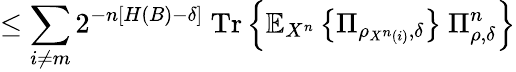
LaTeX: \leq\sum_{i\neq m}2^{-n\left[H\left(B\right)-\delta\right]}\ {\mathrm{Tr}}\left\{ \mathbb{E}_{X^{n}}\left\{ \Pi_{\rho_{X^{n}\left(i\right)},\delta}\right\} \ \Pi_{\rho,\delta}^{n}\right\}